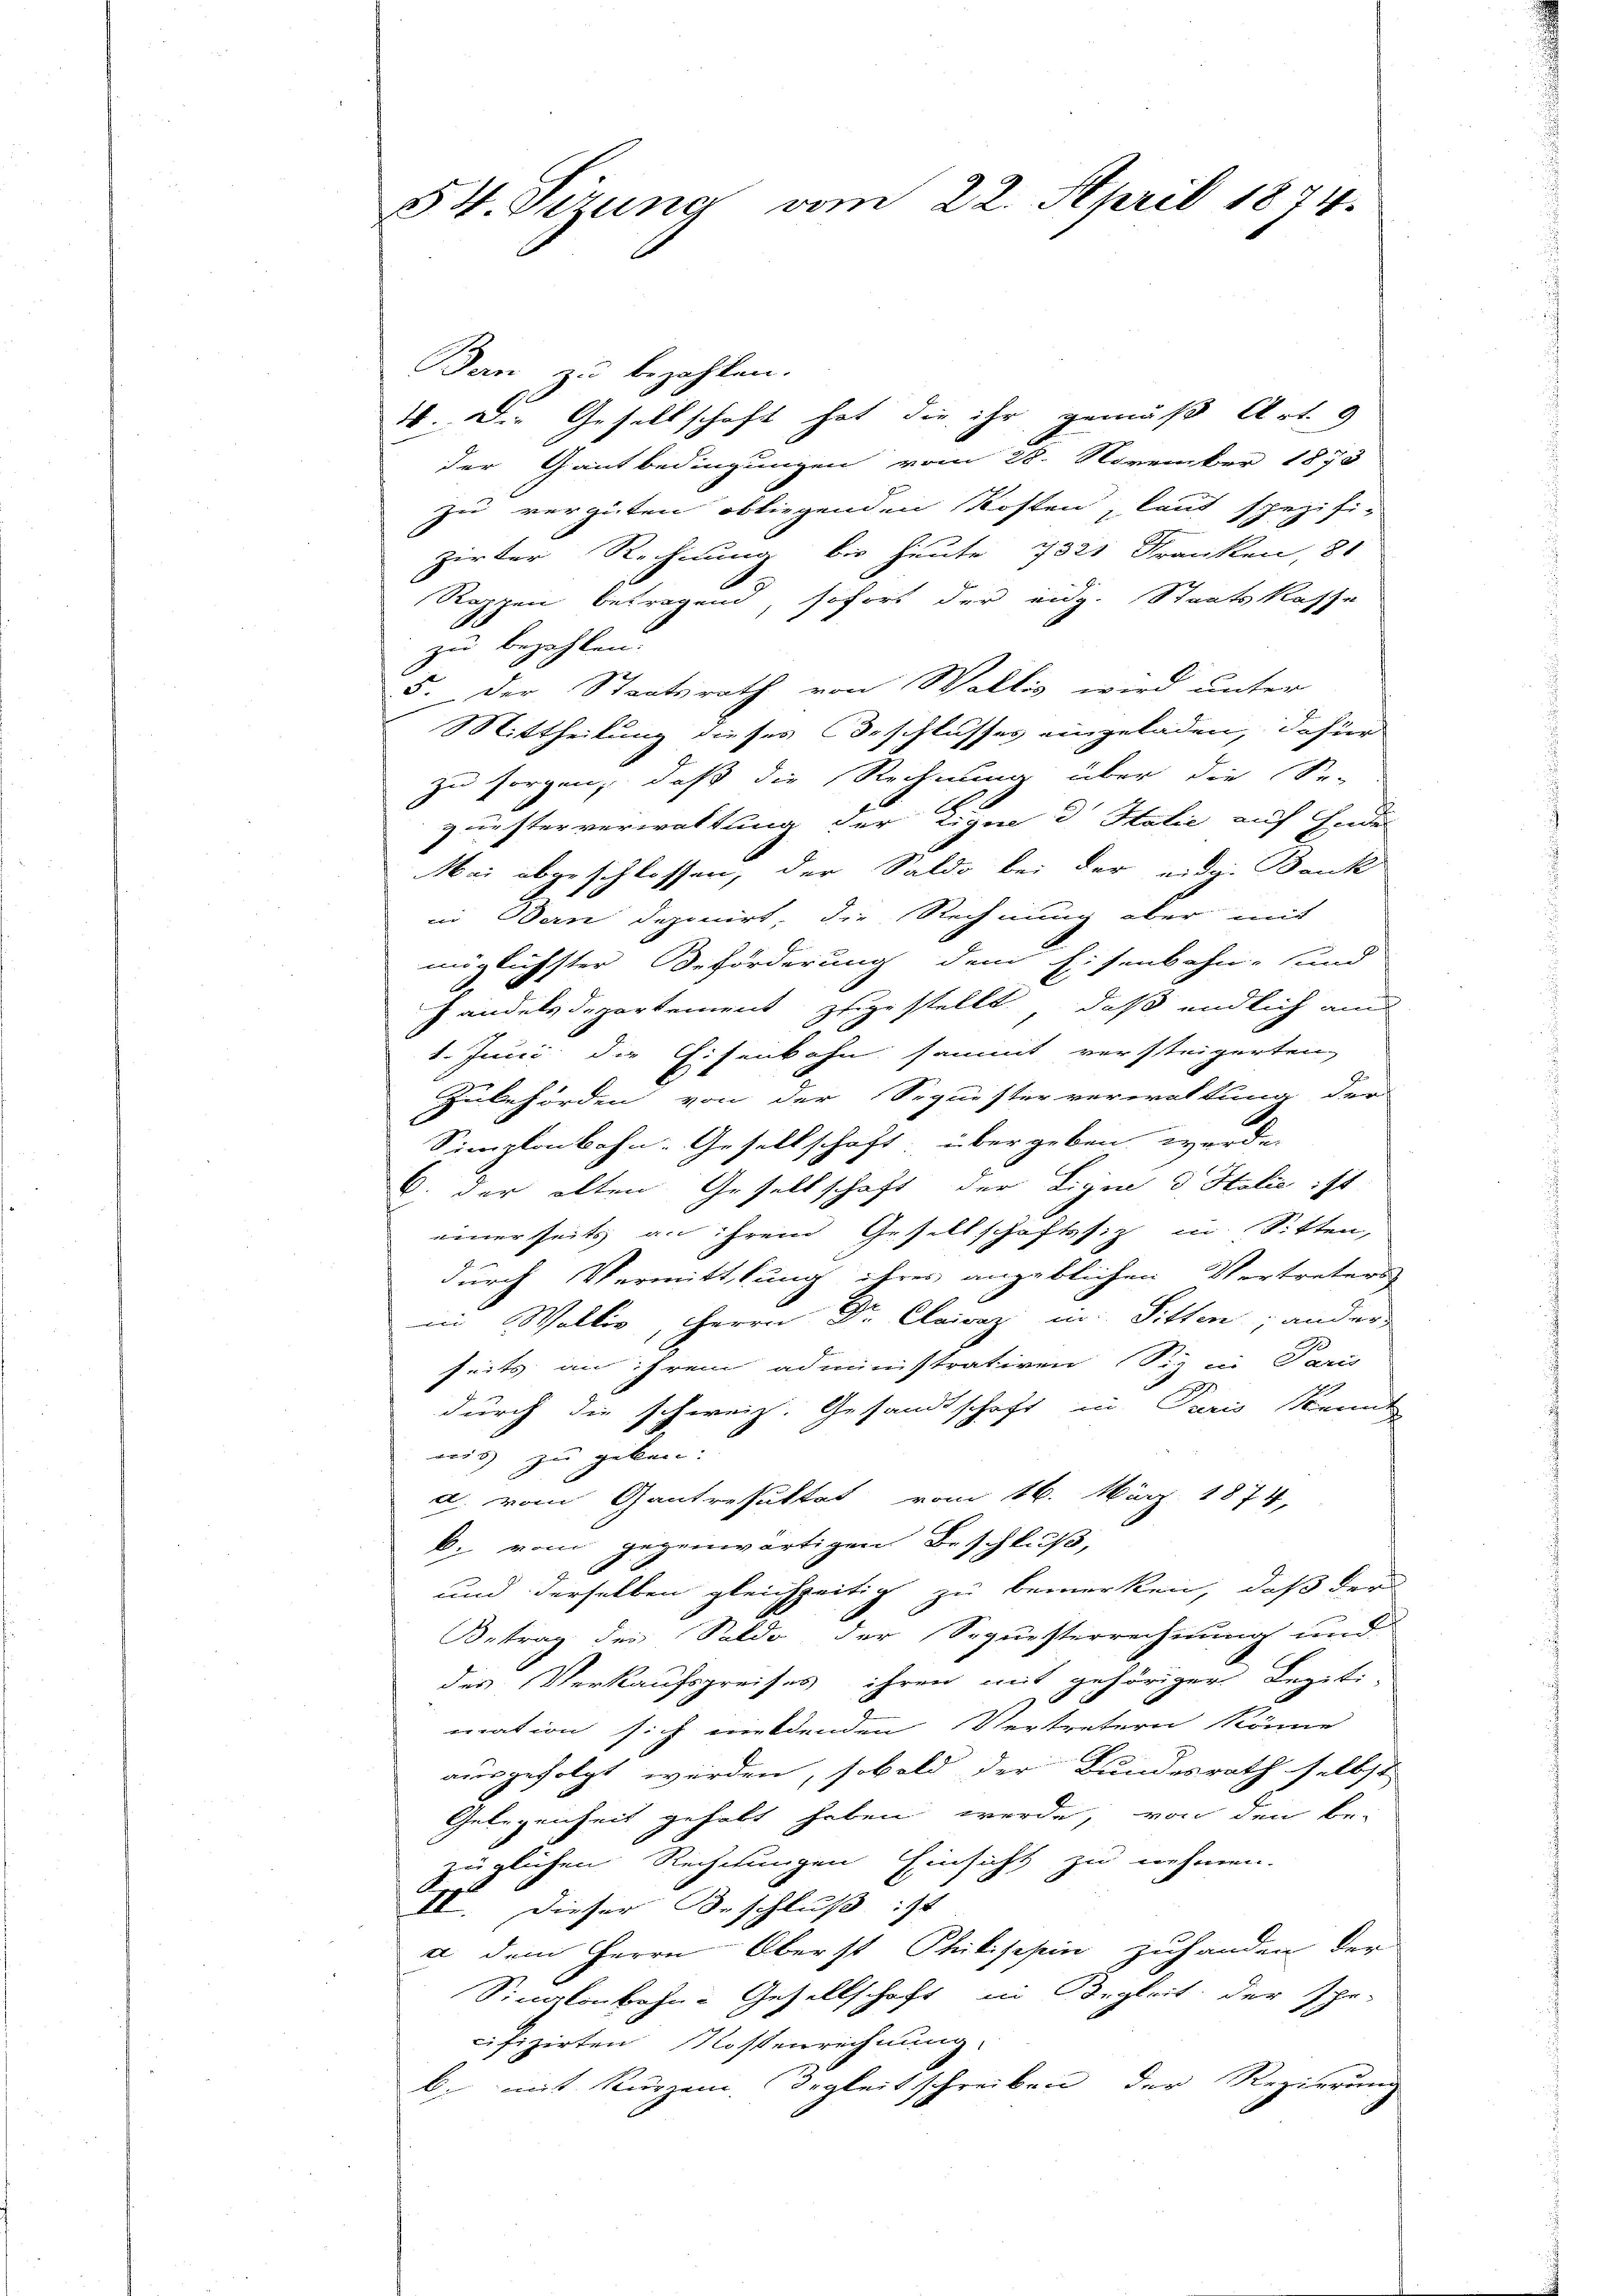
54. Sizung vom 22. April 1874.

Ban zu bezahlen.
16. Die Gesellschaft hat die ihr gemäß Art. 9
der Gantbedingungen vom 28. November 1873
zu vergüten obliegenden Kosten, laut spezifi-
zirter Rechnung bis heute pots Kranken, 81
Rappen betragend, sofort der eidg. Staatskasse
zu bezahlen.
5. Der Staatsrath von Wallis wird unter
Mittheilung dieses Beschlusses eingeladen, dafür
zu sorgen, daß die Rechnung über die Se-
zuesterverwaltung der Zigne d Italić auf Endes
Mai abgeschlossen, der Saldo bei der eidg. Bank
in Bern deponirt, die Rechnung aber mit
möglichster Beförderung dem Eisenbahn- und
handelsdepartement zugestellt, daß endlich au
1. Juni die Eisenbahn sammt versteigerten,
Zubehörden von der Sequesterverwaltung der
G
Simplonbahn-Gesellschaft, übergeben werde.
C. der alten Gesellschaft der Ligen d Halić ist
einerseits an ihrem Gesellschaftssitz in Sitten,
durch Vermittlung ihres angeblichen Vertreters
in Wallis, Herrn Dr. Clairaz in Sitten; ander
seits an ihrem administrativen Siz in Paris
19.
durch die schweiz. Gesandtschaft in Paris kannt
nis zu geben.
d. vom Gantresultat vom 16. März 1874,
b. vom gegenwärtigen Beschluß,
und derselben gleichzeitig zu bemerken, daß der
Betrag des Saldo der Sequesterrechnung und
des Verkaufspreises ihren mit gehöriger Legiti-
mation sich mildenden Vertretern könne
ausgefolgt werden, sobald der Bundesrath selbst
Gelegenheit gehabt haben werde, von den be-
züglichen Rechnungen Einsicht zu nehmen.
B
VI. Dieser Beschluß ist
a dem Herrn Oberst Philischin zuhanden der
Sinatenbahn-Gesellschaft in Begleit der Ehe-
cifizirten Kosterrechnung.
b. mit kurzem Begleitschreiben der Regierung